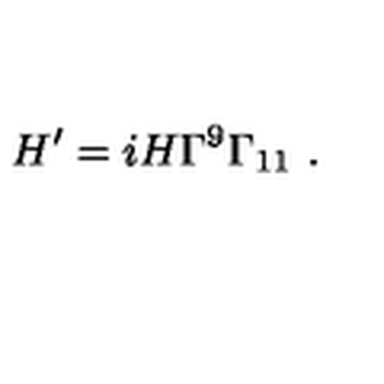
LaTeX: H ^ { \prime } = i H \Gamma ^ { 9 } \Gamma _ { 1 1 } \ .